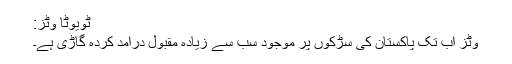
ٹویوٹا وٹز:
وٹز اب تک پاکستان کی سڑکوں پر موجود سب سے زیادہ مقبول درآمد کردہ گاڑی ہے۔